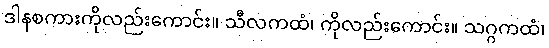
ဒါနစကားကိုလည်းကောင်း။ သီလကထံ၊ ကိုလည်းကောင်း။ သဂ္ဂကထံ၊